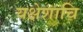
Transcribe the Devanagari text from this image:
यक्षेशाचि